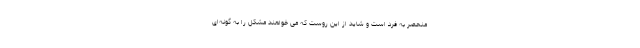
منحصر به فرد است و شاید از این روست که می خواهند مشکل را به گونه‌ای